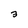
Character: 3